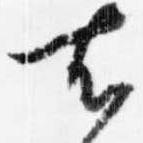
右